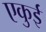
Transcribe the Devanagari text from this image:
एकुई